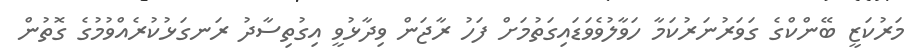
މަރުކަޒީ ބޭންކްގެ ގަވަރުނަރުކަމާ ހަވާލުވެވަޑައިގަތުމަށް ފަހު ރާޖަން ވިދާޅުވީ އިގުތިސާދު ރަނގަޅުކުރެއްވުމުގެ ގޮތުން